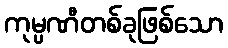
ကုမ္ပဏီတစ်ခုဖြစ်သော